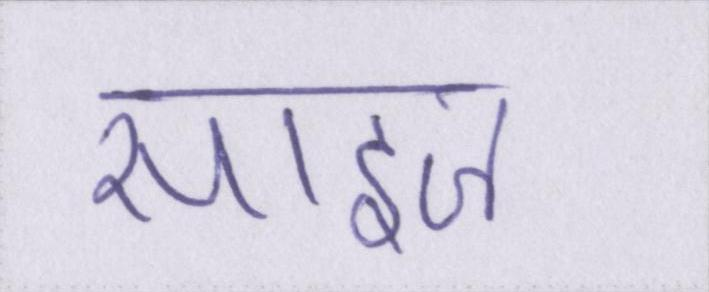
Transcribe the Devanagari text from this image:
साइज